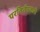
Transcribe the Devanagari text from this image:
परविर्तनकारी